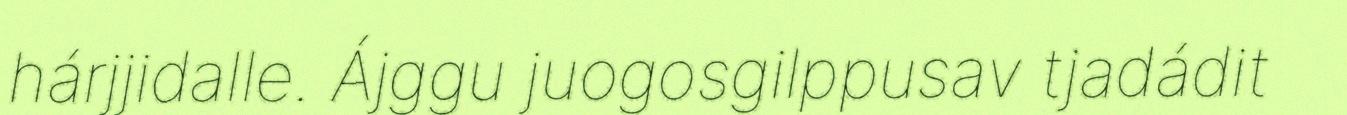
hárjjidalle. Ájggu juogosgilppusav tjadádit